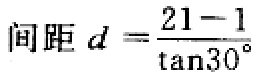
间距 \(d = \frac{21 - 1}{\tan30^{\circ}}\)